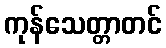
ကုန်သေတ္တာတင်